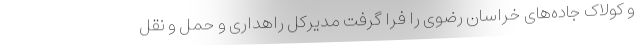
و کولاک جاده‌های خراسان رضوی را فرا گرفت مدیرکل راهداری و حمل و نقل